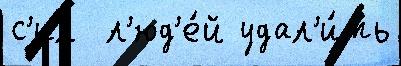
с'ил  л'юд'е́й удал'и́ть